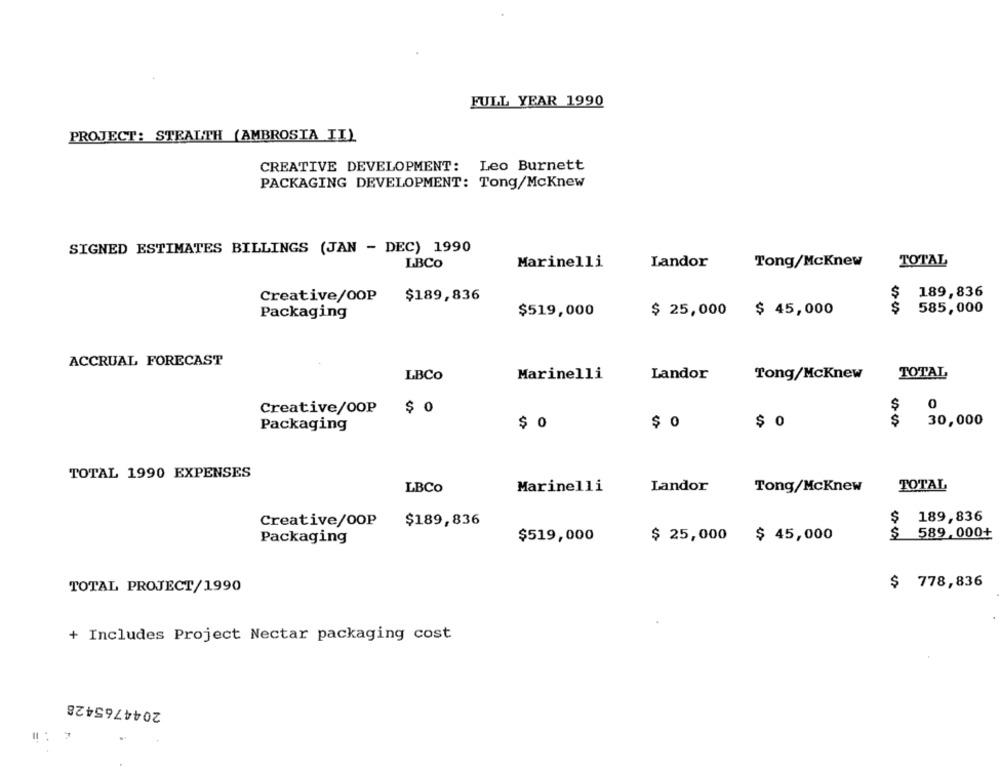
FULL YEAR 1990
PROJECT: STEALTH (AMBROSIA II)
CREATIVE DEVELOPMENT: Leo Burnett
PACKAGING DEVELOPMENT: Tong/McKnew
SIGNED ESTIMATES BILLINGS (JAN - DEC) 1990
TOTAL
LBCo
Marinelli
Landor
Tong/McKnew
$
189,836
Creative/OOP
$189,836
585,000
Packaging
$519,000
$ 25,000 $ 45,000
ACCRUAL FORECAST
LBCO
Marinelli
Landor
Tong/McKnew
TOTAL
Creative/OOP
$ 0
$
0
$ 0
$ 0
$ 0
$
30,000
Packaging
TOTAL 1990 EXPENSES
TOTAL
LBCO
Marinelli
Landor
Tong/McKnew
189,836
Creative/0OP
$189,836
$
S
589,000+
Packaging
$519,000
$ 25,000 $ 45,000
$ 778,836
TOTAL PROJECT/1990
+ Includes Project Nectar packaging cost
2044765428
#: